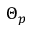
\Theta _ { p }